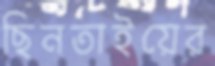
ছিনতাইয়ের